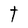
Character: t